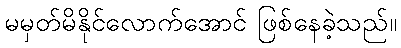
မမှတ်မိနိုင်လောက်အောင် ဖြစ်နေခဲ့သည်။